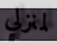
لمنزلي